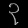
Digit: ၃